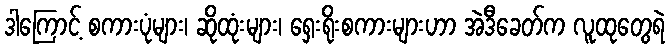
ဒါကြောင့် စကားပုံများ၊ ဆိုထုံးများ၊ ရှေးရိုးစကားများဟာ အဲဒီခေတ်က လူထုတွေရဲ